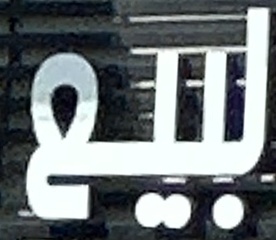
لبيع